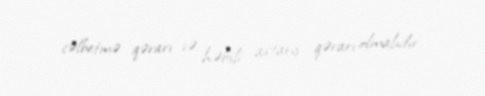
cəlbetmə qərarı və həbsli axtarış qərarı olmalıdır.